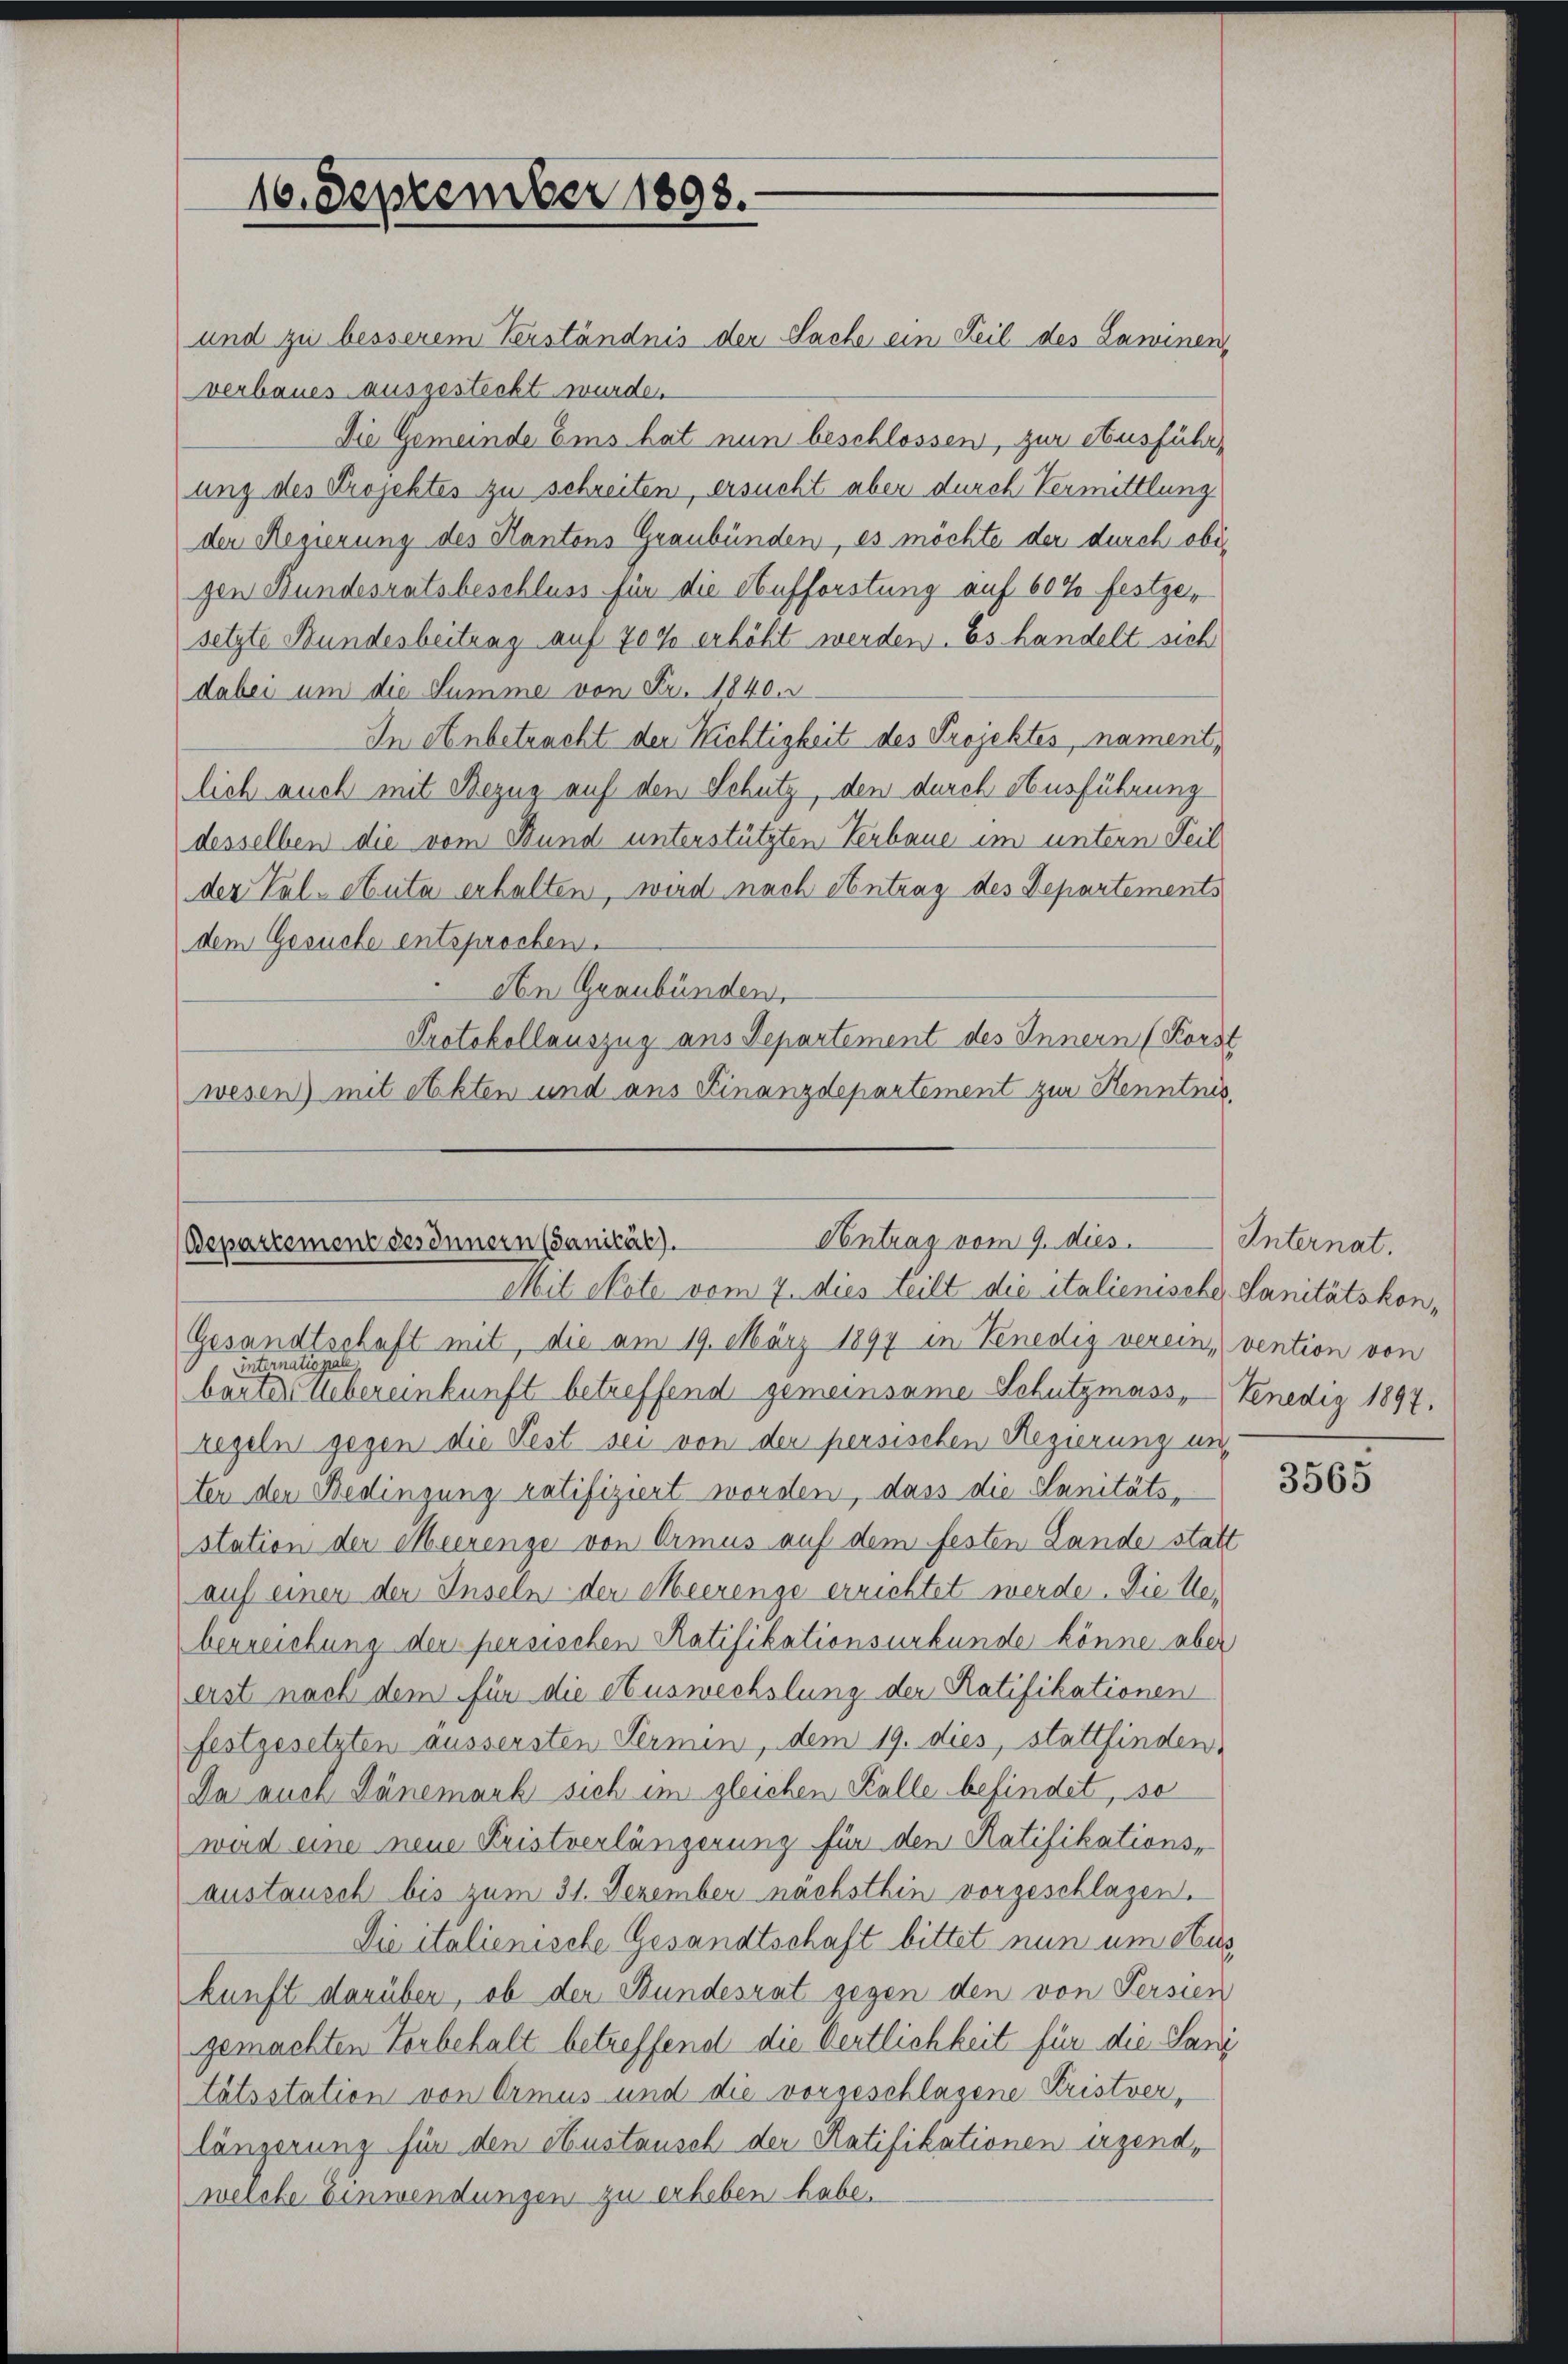
16. September 1898.

und zu besserem Verständnis der Sache ein Teil des Lawinen,
verbaues ausgesteckt wurden.
Die Gemeinde Eis hat nun beschlossen, zur Ausführung des Projektes zu schreiten, ersucht aber durch Vermittlung
der Regierung des Kantons Graubünden, es möchte der durch obigen Bundesratsbeschluss für die Aufforstung auf 60% festgesetzte Bundesbeitung auf 70 % erhöht werden. Es handelt sich
dabei um die Summe von Fr. 1840.
In Anbetracht der Richtigkeit des Projektes, nament,
lich auch mit Bezug auf den Schutz, den durch Ausführung
desselben die vom Bund unterstützten Verbaue im untern Teil
der Val-Auta erhalten, wird nach Antrag des Departements
dem Gesuche entsprochen.
An Graubünden.
Protokollauszug aus Departement des Innern (Korst
wesen) mit etekten und aus Finanzdepartement zur Kenntnis.

Contrag vom 9. dies
Bepartement des Innern (Sanität).
Mit Note vom 7. dies teilt die italienische Sanitätskon¬

Gesandtschaft mit, die am 19. März 1897 in Venedig verein, vention von
internationale
barter Uebereinkunft betreffend gemeinsame Schutzmass, Venedig 1897.
regeln gegen die Fest sei von der persischen Regierung und
ter den Bedingung ratifiziert worden, dass die Sanitäts,
station der Meerenze von Armus auf dem festen Lande statt
auf einer der Inseln der Meerenge errichtet werde. Die Ueberreichung der persischen Ratifikationsurkunde könne aber
erst nach dem für die Auswechslung der Ratifikationen
festgesetzten äussersten Termin, dem 19. dies, stattfinden,
Da auch Dänemark sich im gleichen Kalle befindet, so
wird eine neue Fristverlängerung für den Ratifikations-
austausch bis zum 31. Dezember nächsthin vorgeschlagen.
Die italienische Gesandtschaft bittet nun um eig
kunft darüber, ob der Bundesrat gegen den von Persien
gemachten Vorbehalt betreffend die Oertlichkeit für die Sani
tätsstation von Armus und die vorgeschlagene Kristverlängerung für den Austausch der Ratifikationen irgend,
welche Einwendungen zu erheben habe.

Internat.

3565